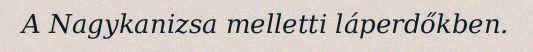
A Nagykanizsa melletti láperdőkben.